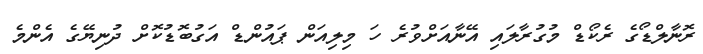
ރޮނާލްޑޯގެ ރެކޯޑް މުގުރާލައި އޭނާއަށްވުރެ ހަ މިލިއަން ޕައުންޑް އަގުބޮޑުކޮށް ދުނިޔޭގެ އެންމެ